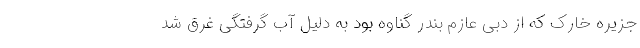
جزیره خارک که از دبی عازم بندر گناوه بود به دلیل آب گرفتگی غرق شد